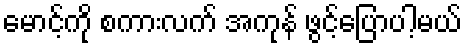
မောင့်ကို စကားလက် အကုန် ဖွင့်ပြောပါ့မယ်